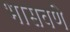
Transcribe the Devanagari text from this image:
भासवणे